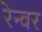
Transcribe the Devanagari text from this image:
रेन्वर